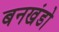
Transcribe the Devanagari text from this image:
बनखंडो